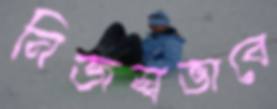
নিজস্বভাবে